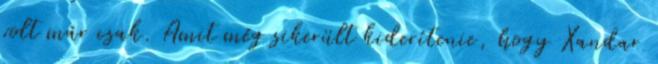
volt már csak. Amit még sikerült kiderítenie, hogy Xandar